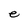
Character: e